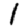
Digit: 1